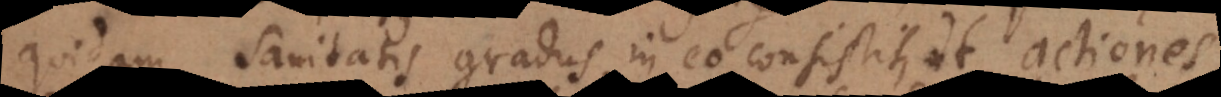
quidam sanitatis gradus, in eo consistit, ut actiones